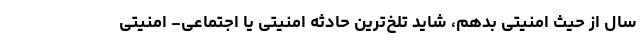
سال از حیث امنیتی بدهم، شاید تلخ‌ترین حادثه امنیتی یا اجتماعی- امنیتی